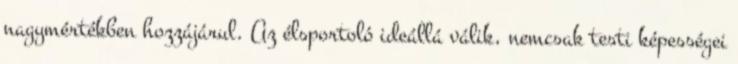
nagymértékben hozzájárul. Az élsportoló ideállá válik, nemcsak testi képességei